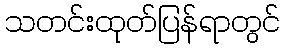
သတင်းထုတ်ပြန်ရာတွင်